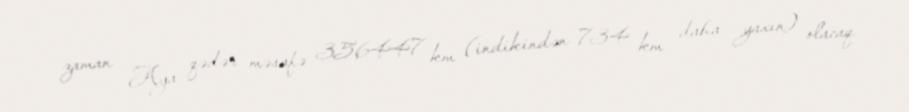
zaman Aya qədər məsafə 356447 km (indikindən 734 km daha yaxın) olacaq.